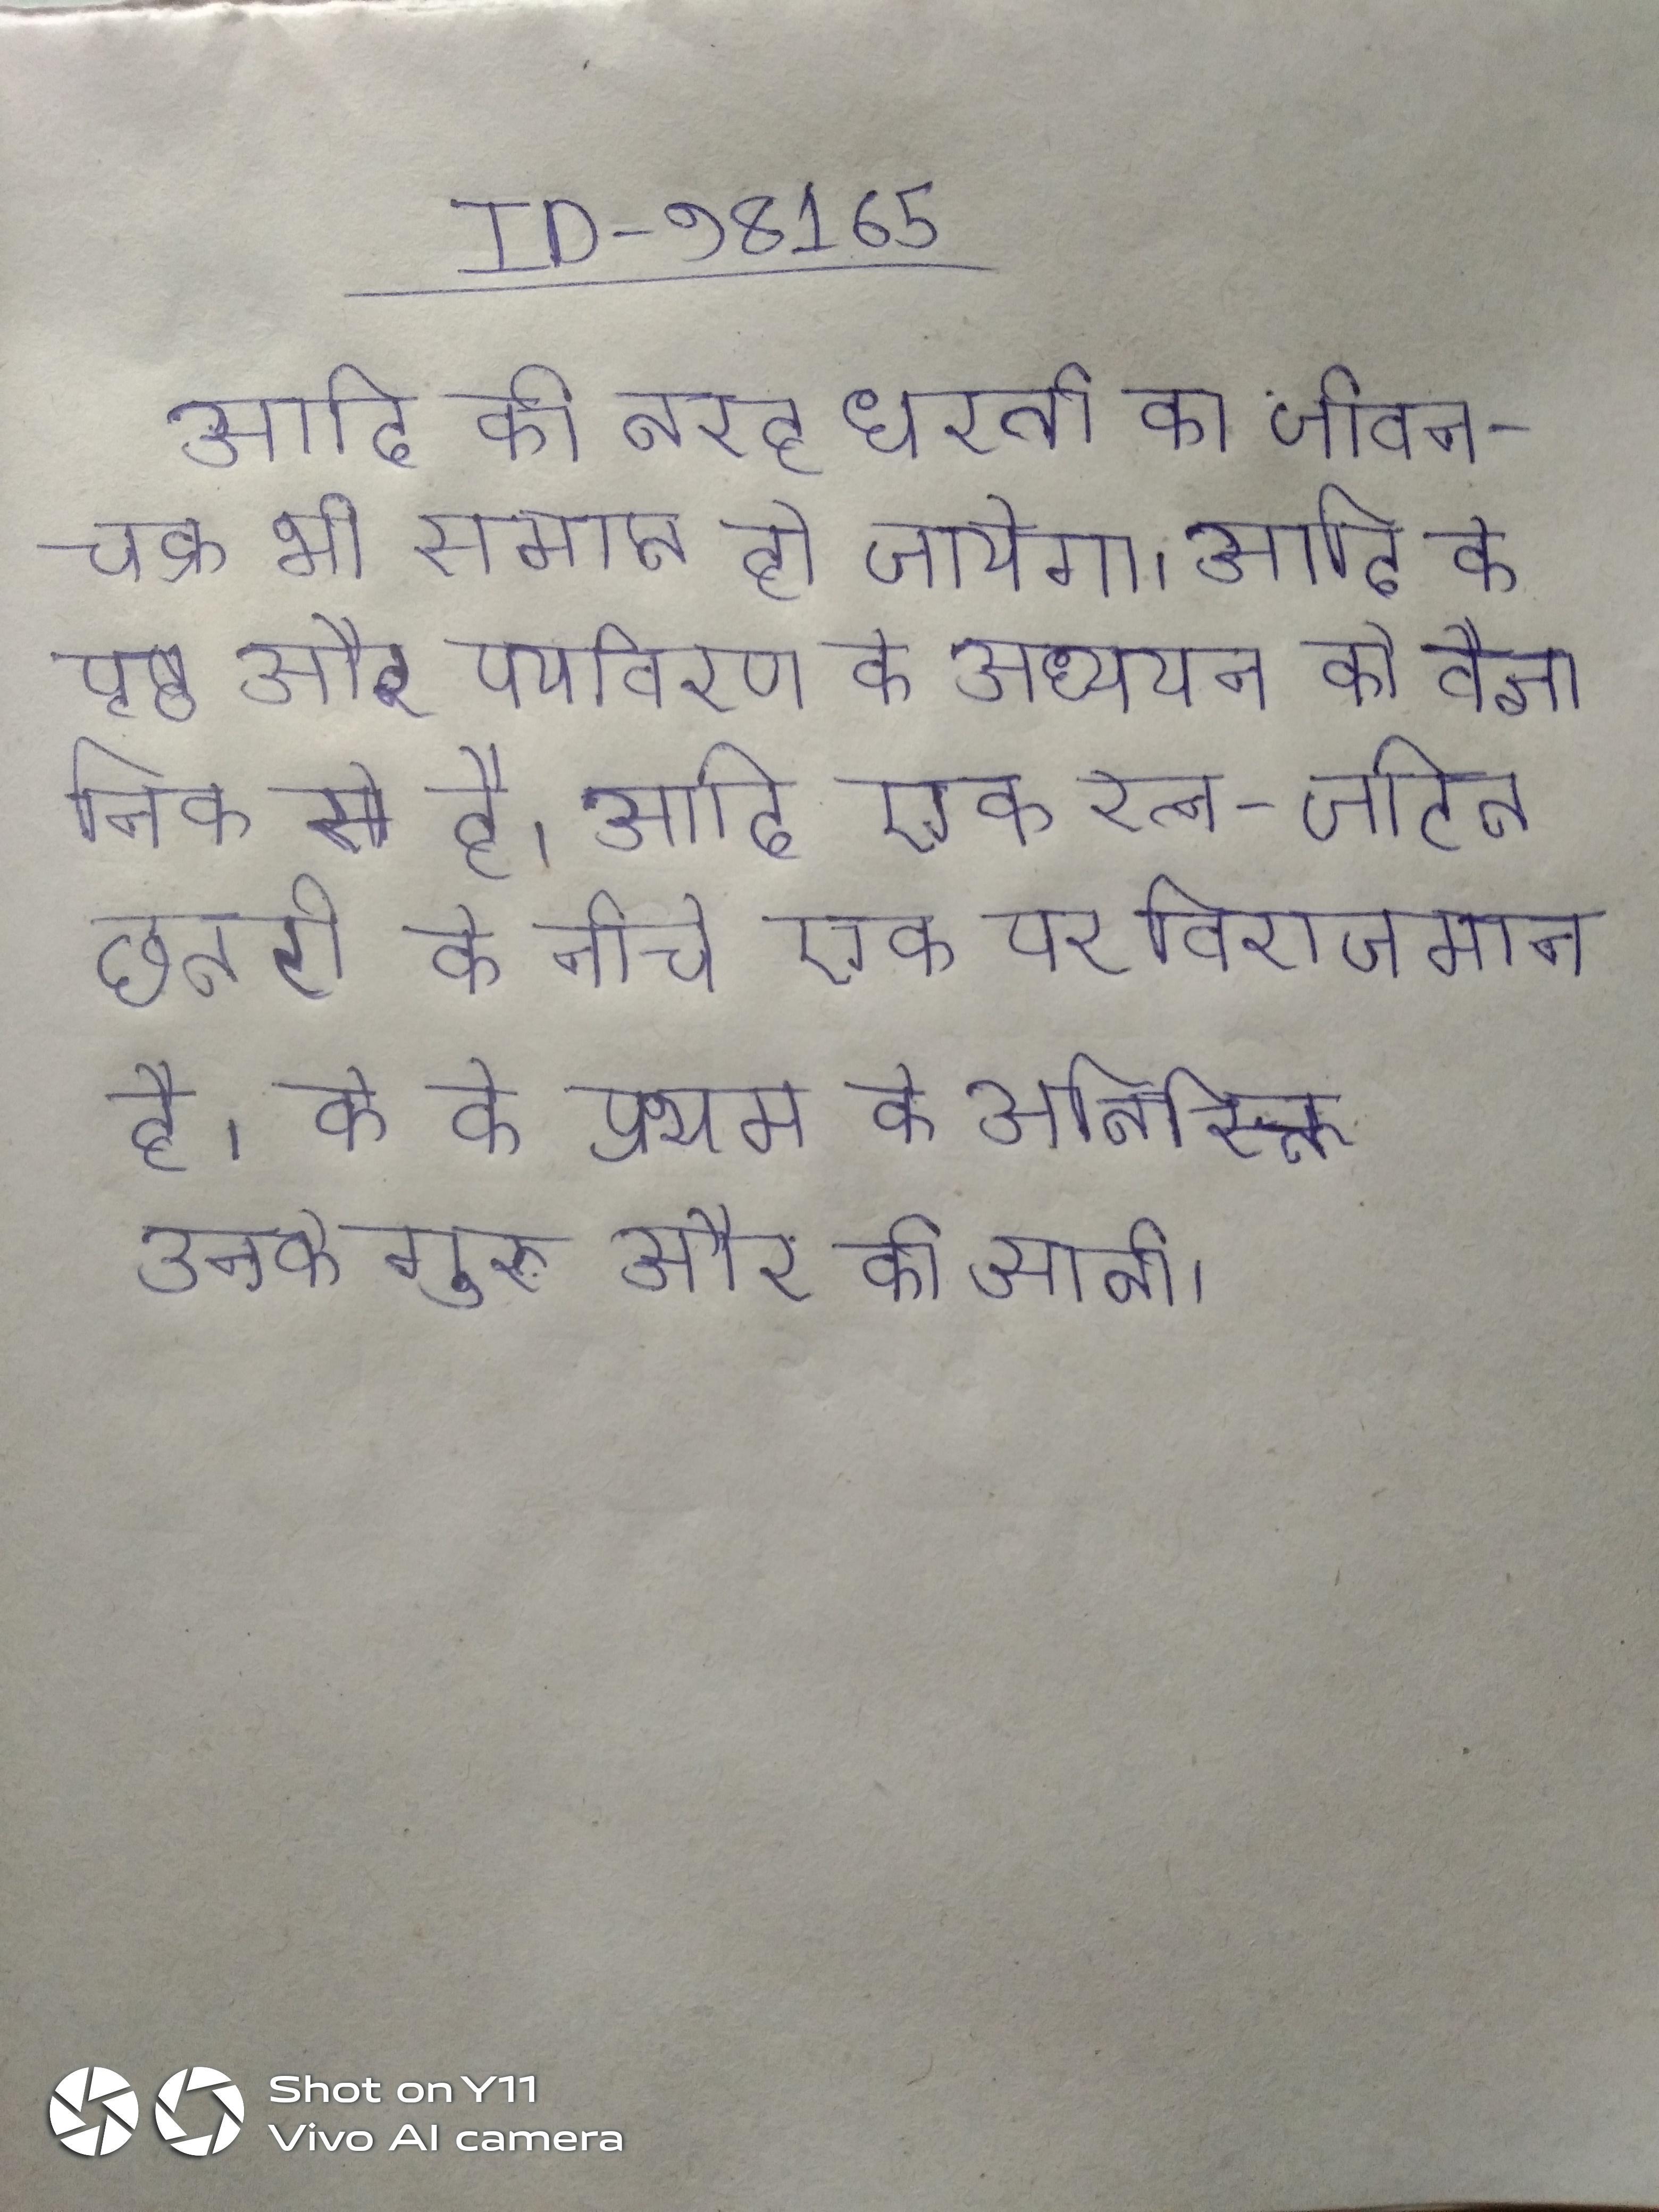
आदि की तरह धरती का जीवन-चक्र भी समाप्त हो जायेगा । आदि के पृष्ठ और पर्यावरण के अध्ययन की वैज्ञानिक से है । आदि एक रत्न-जटित छतरी के नीचे एक पर विराजमान है । के के प्रथम के अतिरिक्त उनके गुरु और की आती ।